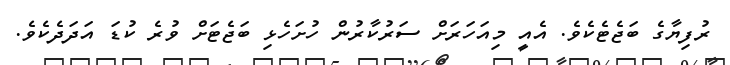
ރުފިޔާގެ ބަޖެޓެކެވެ. އެއީ މިއަހަރަށް ސަރުކާރުން ހުށަހެޅި ބަޖެޓަށް ވުރެ ކުޑަ އަދަދެކެވެ.